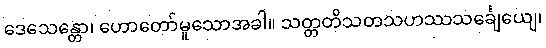
ဒေသေန္တော၊ ဟောတော်မူသောအခါ။ သတ္တတိသတသဟဿသင်္ချေယျေ၊